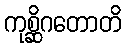
ကုစ္ဆိဂတောတိ